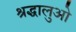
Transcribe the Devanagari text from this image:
श्रद्धालुओ